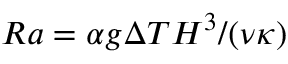
R a = \alpha g \Delta T H ^ { 3 } / ( \nu \kappa )